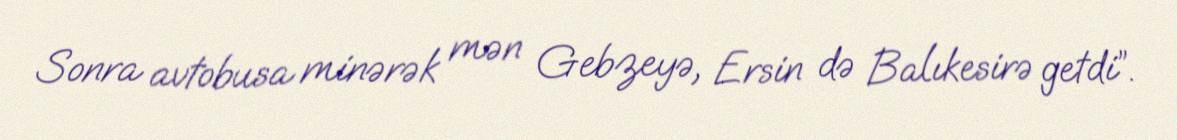
Sonra avtobusa minərək mən Gebzeyə, Ersin də Balıkesirə getdi”.